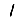
Digit: 1